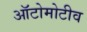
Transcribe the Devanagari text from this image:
ऑटोमोटीव